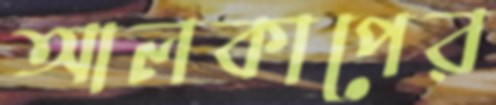
আলকাপের